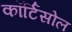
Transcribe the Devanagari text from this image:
कॉर्टिसोल